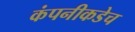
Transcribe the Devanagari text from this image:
कंपनीकडेच